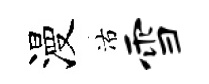
漫沽雪